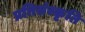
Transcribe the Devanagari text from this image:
प्रतिसंस्कृति